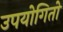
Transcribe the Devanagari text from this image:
उपयोगितो